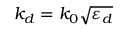
k _ { d } = k _ { 0 } \sqrt { \varepsilon _ { d } }